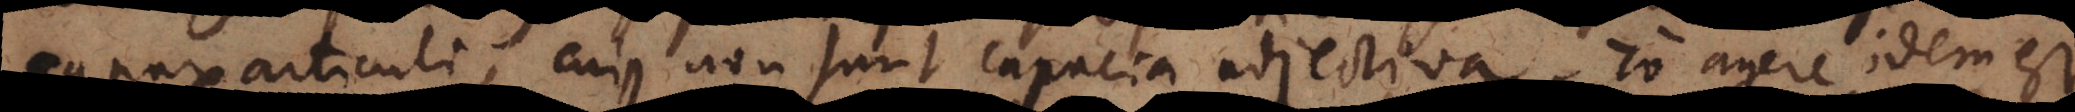
capax articuli, cujus non sunt capacia adjectiva, το agere idem es